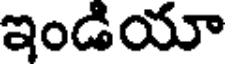
ఇండియా